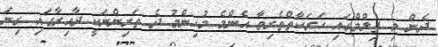
ދެން މި ފިލްމްގައި ހަރަކާތްތެރިވާ އެންމެ މުހިންމު ދެ ތަރިންނަކީ ދާއިރާގައި ގިނަ